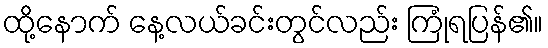
ထို့နောက် နေ့လယ်ခင်းတွင်လည်း ကြုံရပြန်၏။